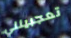
تعجبينني